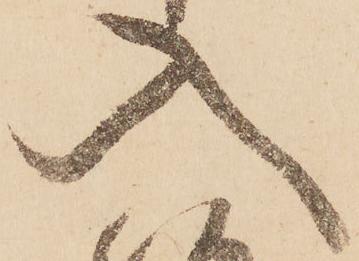
入